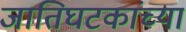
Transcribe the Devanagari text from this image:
जातिघटकांच्या